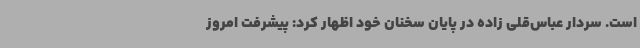
است. سردار عباس‌قلی زاده در پایان سخنان خود اظهار کرد: پیشرفت امروز